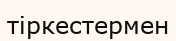
тіркестермен